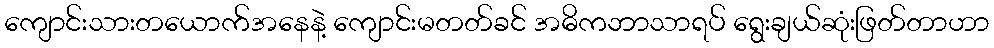
ကျောင်းသားတယောက်အနေနဲ့ ကျောင်းမတတ်ခင် အဓိကဘာသာရပ် ရွေးချယ်ဆုံးဖြတ်တာဟာ